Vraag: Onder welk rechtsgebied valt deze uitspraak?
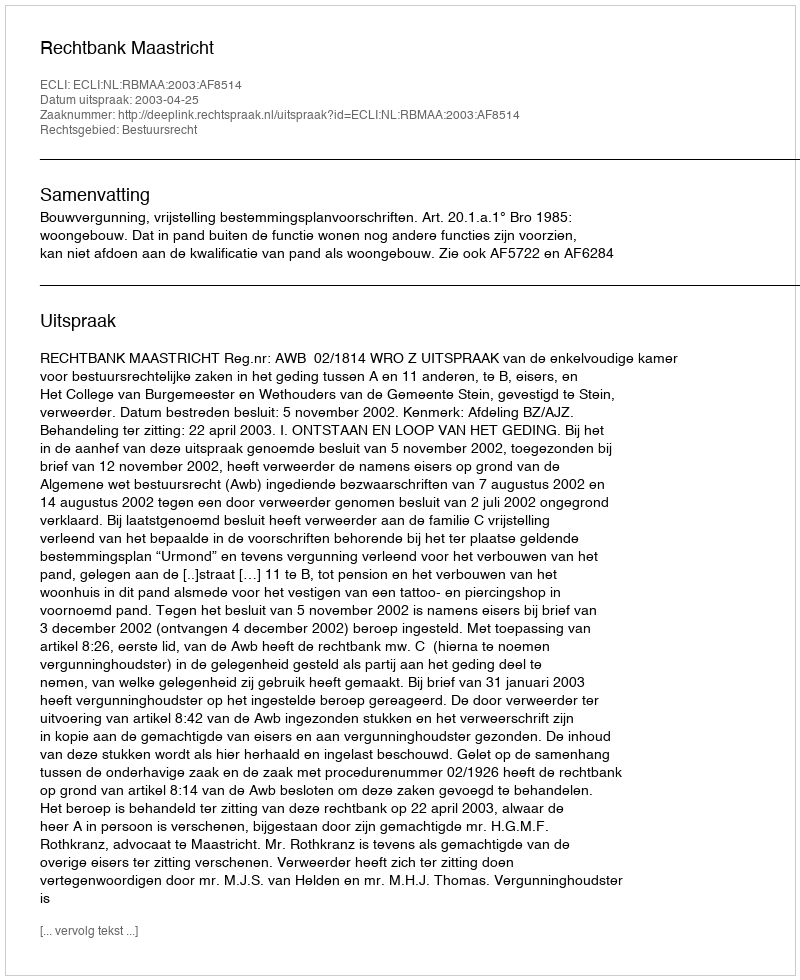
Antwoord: Bestuursrecht